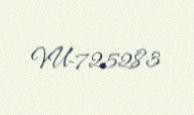
VU-725283